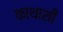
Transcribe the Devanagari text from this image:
काथाशी